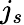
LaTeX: j_{s}